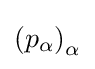
\left(p_{\alpha }\right)_{\alpha }